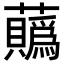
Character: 𧅅